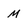
Character: M